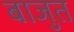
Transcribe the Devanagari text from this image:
बाजुत